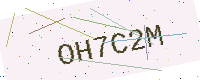
Text: OH7C2M